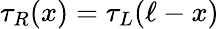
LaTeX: \tau_{R}(x)=\tau_{L}(\ell-x)